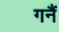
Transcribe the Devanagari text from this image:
गनैं